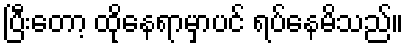
ပြီးတော့ ထိုနေရာမှာပင် ရပ်နေမိသည်။